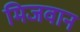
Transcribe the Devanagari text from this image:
मिजवान